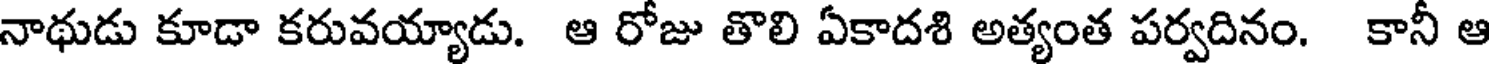
నాథుడు కూడా కరువయ్యాడు. ఆ రోజు తొలి ఏకాదశి అత్యంత పర్వదినం. కానీ ఆ